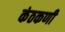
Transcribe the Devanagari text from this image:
कंठकणी